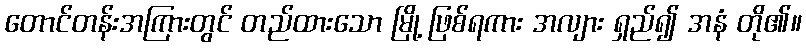
တောင်တန်းအကြားတွင် တည်ထားသော မြို့ ဖြစ်ရကား အလျား ရှည်၍ အနံ တို၏။